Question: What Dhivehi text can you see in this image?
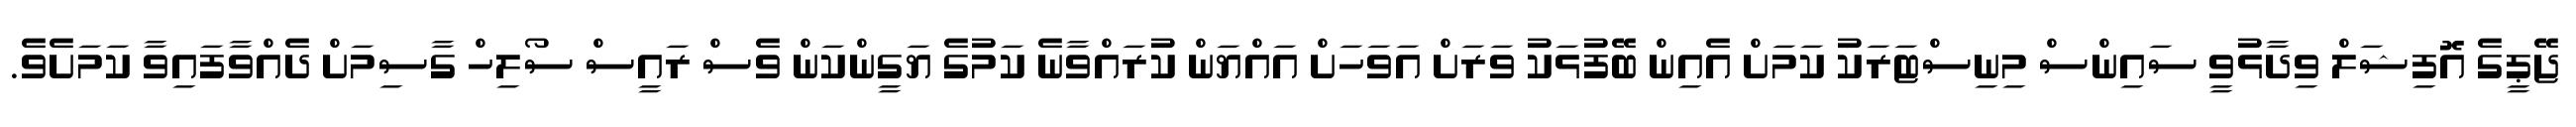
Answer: ޖޭޕީގެ އޮފިޝަލް ވިދާޅުވީ ސައިންސް މިނިސްޓަރަކު ކަމަށް އެއިން ބޭފުޅަކު ވަރަށް އަވަހަށް އައްޔަން ކުރައްވާނެ ކަމުގެ ޔަގީންކަން ވެސް ރައީސް ސޯލިހް ގާސިމަށް ދެއްވާފައިވާ ކަމަށެވެ.